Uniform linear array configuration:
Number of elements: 48
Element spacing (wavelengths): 0.5
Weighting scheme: hann
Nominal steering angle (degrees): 15
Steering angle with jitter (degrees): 15.963
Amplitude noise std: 0.05
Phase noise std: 0.05

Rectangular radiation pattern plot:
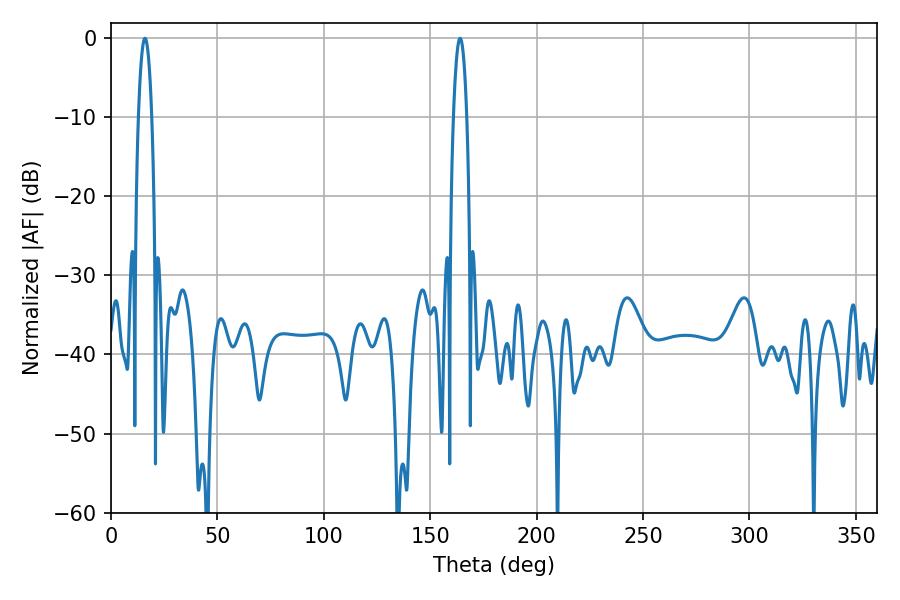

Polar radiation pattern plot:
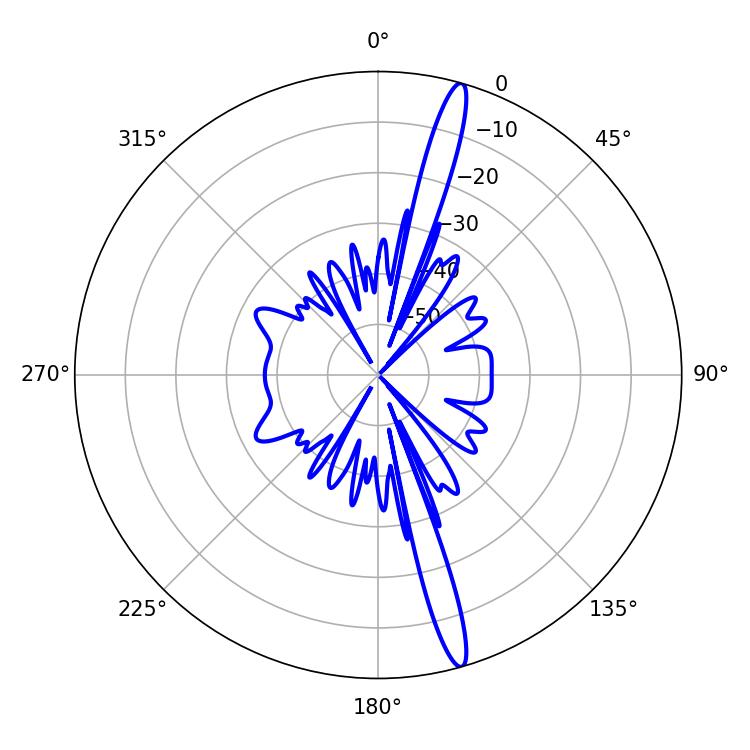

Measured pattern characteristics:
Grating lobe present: FALSE
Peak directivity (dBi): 17.431
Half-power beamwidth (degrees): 3.42
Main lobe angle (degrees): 16.02